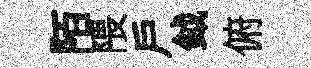
陌隈戸鉞俯